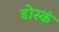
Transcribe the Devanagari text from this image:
डोस्कं